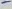
Text: -